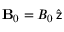
{ \bf B } _ { 0 } = B _ { 0 } \, \widehat { \sf z }